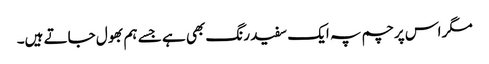
مگر اس پرچم پہ ایک سفید رنگ بھی ہے جسے ہم بھول جاتے ہیں۔